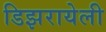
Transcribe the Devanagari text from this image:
डिझरायेली